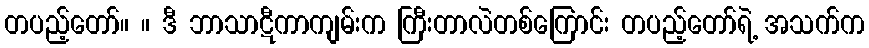
တပည့်တော်။ ။ ဒီ ဘာသာဋီကာကျမ်းက ကြီးတာလဲတစ်ကြောင်း တပည့်တော်ရဲ့ အသက်က